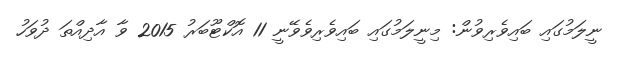
ނީލަމުގައި ބައިވެރިވުން: މިނީލަމުގައި ބައިވެރިވެވޭނީ 11 އޮކްޓޫބަރު 2015 ވާ އާދިއްތަ ދުވަހު